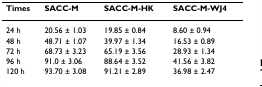
<table><thead><tr><td><b>Times</b></td><td><b>SACC-M</b></td><td><b>SACC-M-HK</b></td><td><b>SACC-M-WJ4</b></td></tr></thead><tbody><tr><td>24 h</td><td>20.56 ± 1.03</td><td>19.85 ± 0.84</td><td>8.60 ± 0.94</td></tr><tr><td>48 h</td><td>48.71 ± 1.07</td><td>39.97 ± 1.34</td><td>16.53 ± 0.89</td></tr><tr><td>72 h</td><td>68.73 ± 3.23</td><td>65.19 ± 3.56</td><td>28.93 ± 1.34</td></tr><tr><td>96 h</td><td>91.0 ± 3.06</td><td>88.64 ± 3.52</td><td>41.56 ± 3.82</td></tr><tr><td>120 h</td><td>93.70 ± 3.08</td><td>91.21 ± 2.89</td><td>36.98 ± 2.47</td></tr></tbody></table>